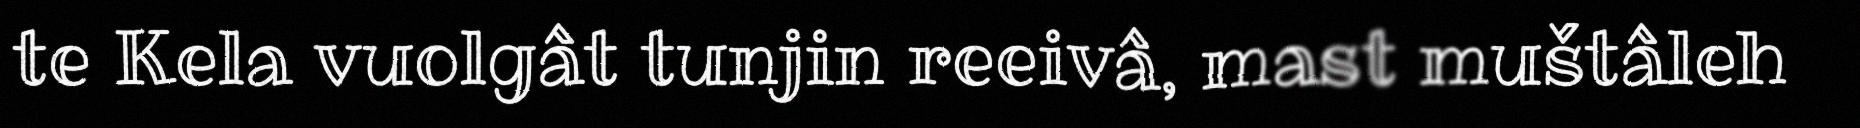
te Kela vuolgât tunjin reeivâ, mast muštâleh